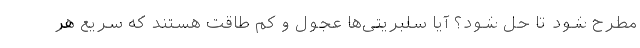
مطرح شود تا حل شود؟ آیا سلبریتی‌ها عجول و کم طاقت هستند که سریع هر